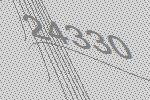
24330